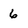
Character: 6